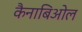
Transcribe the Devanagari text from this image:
कैनाबिओल